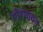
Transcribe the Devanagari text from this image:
गोरगावन